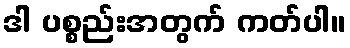
ဒါ ပစ္စည်းအတွက် ကတ်ပါ။